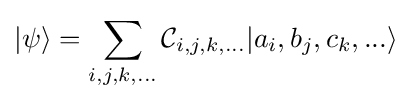
|\psi \rangle =\sum _{i,j,k,...}{\mathcal {C}}_{i,j,k,...}|a_{i},b_{j},c_{k},...\rangle